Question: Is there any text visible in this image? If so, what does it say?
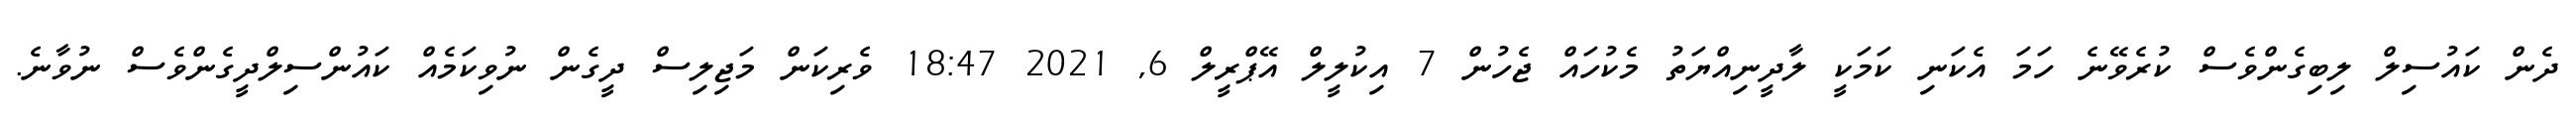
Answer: ދެން ކައުސިލް ލިބިގެންވެސް ކުރެވޭނެ ހަމަ އެކަނި ކަމަކީ ލާދީނިއްޔަތު މެކުހައް ޖެހުން 7 އިކުލީލް އޭޕްރީލް 6, 2021 18:47 ވެރިކަން މަޖިލިސް ދީގެން ނުވިކަމެއް ކައުންސިލްދީގެންވެސް ނުވާނެ.